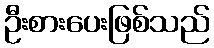
ဦးစားပေးဖြစ်သည်